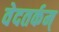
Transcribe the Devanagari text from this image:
वेदतर्कम्